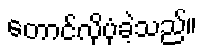
တောင်လိုပုံခဲ့သည်။